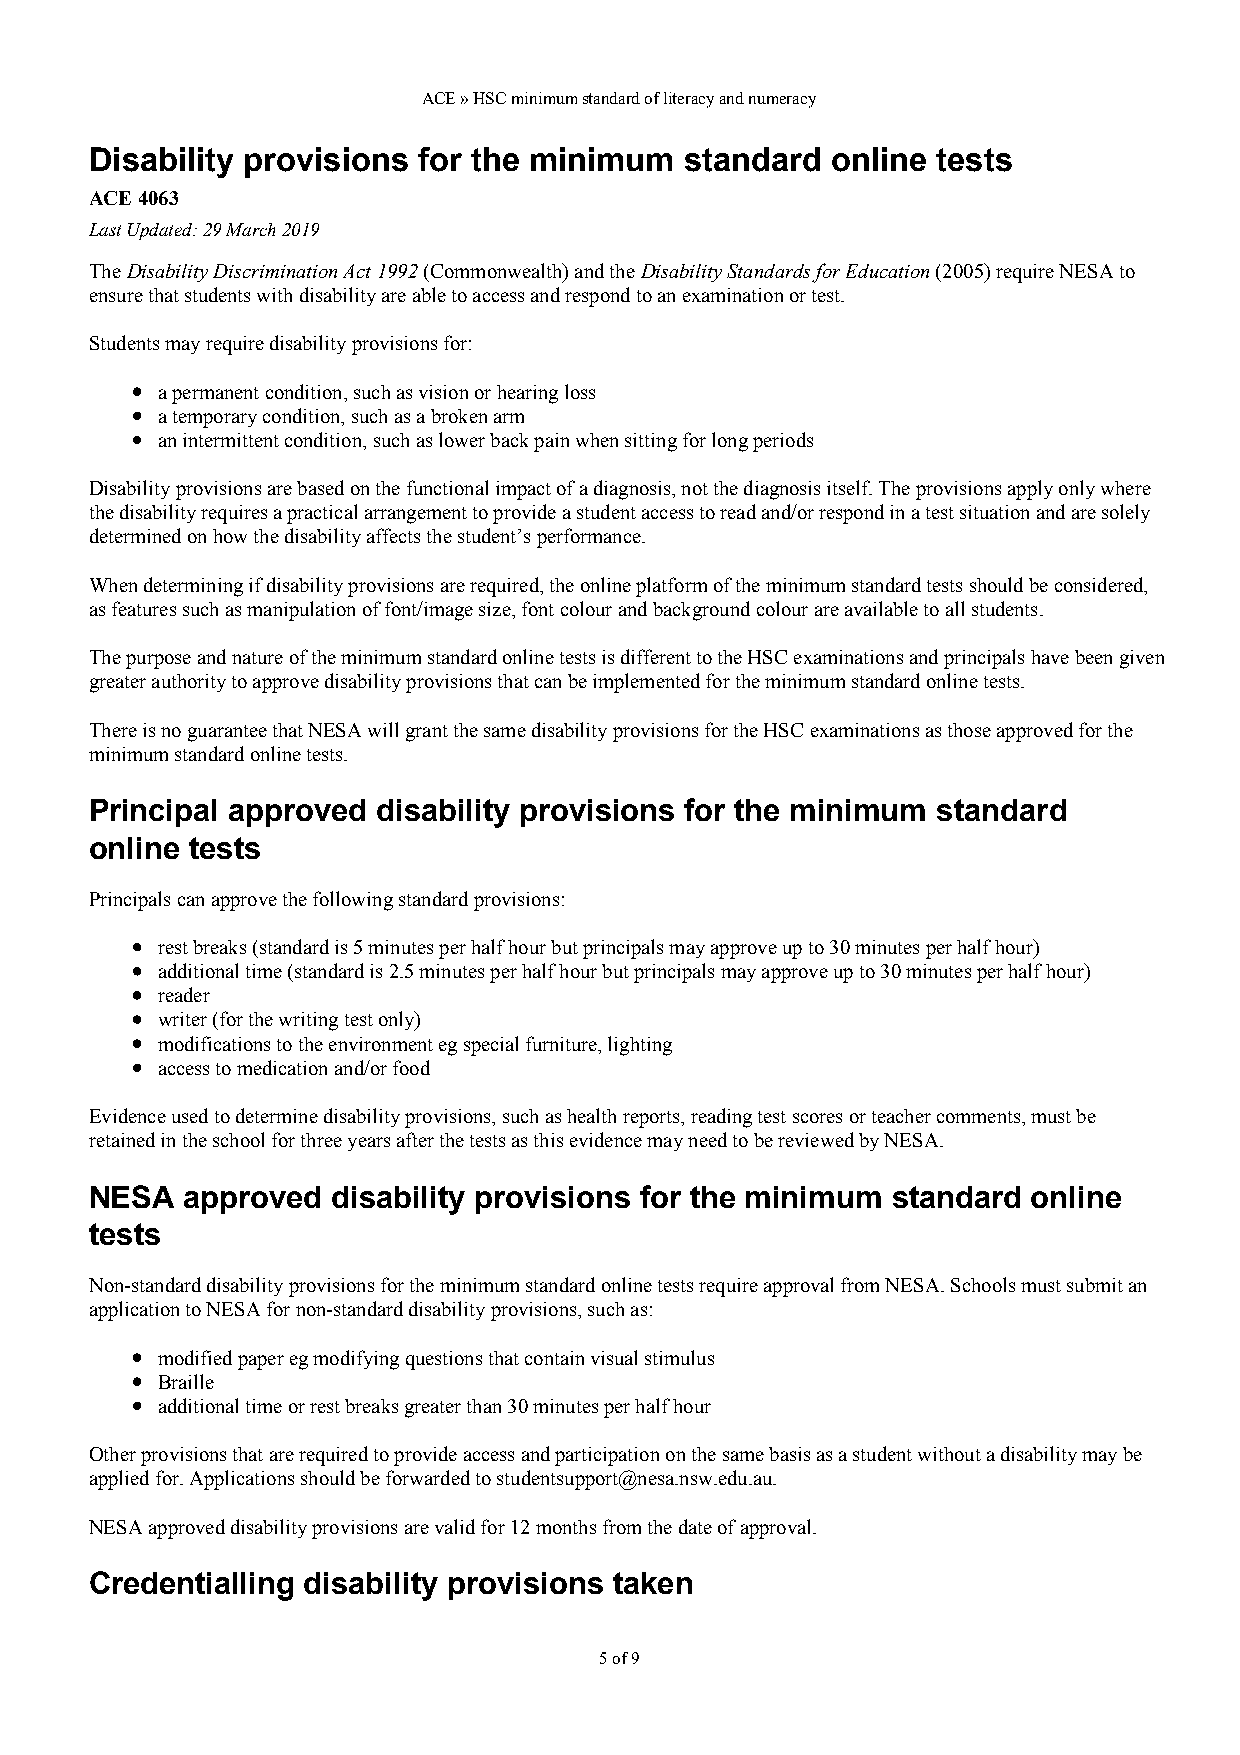
ACE » HSC minimum standard of literacy and numeracy
 Disability provisions for the minimum  standard  online tests
 ACE 4063
 Last Updated: 29 March 2019
 The Disability Discrimination Act 1992 (Commonwealth) and the Disability Standards for Education (2005) require NESA to
 ensure that students with disability are able to access and respond to an examination or test.
 Students may require disability provisions for:
 a permanent condition, such as vision or hearing loss
 a temporary condition, such as a broken arm
 an intermittent condition, such as lower back pain when sitting for long periods
 Disability provisions are based on the functional impact of a diagnosis, not the diagnosis itself. The provisions apply only where
 the disability requires a practical arrangement to provide a student access to read and/or respond in a test situation and are solely
 determined on how the disability affects the student’s performance.
 When determining if disability provisions are required, the online platform of the minimum standard tests should be considered,
 as features such as manipulation of font/image size, font colour and background colour are available to all students.
 The purpose and nature of the minimum standard online tests is different to the HSC examinations and principals have been given
 greater authority to approve disability provisions that can be implemented for the minimum standard online tests.
 There is no guarantee that NESA will grant the same disability provisions for the HSC examinations as those approved for the
 minimum standard online tests.
 Principal approved disability provisions for the minimum standard
 online tests
 Principals can approve the following standard provisions:
 rest breaks (standard is 5 minutes per half hour but principals may approve up to 30 minutes per half hour)
 additional time (standard is 2.5 minutes per half hour but principals may approve up to 30 minutes per half hour)
 reader
 writer (for the writing test only)
 modifications to the environment eg special furniture, lighting
 access to medication and/or food
 Evidence used to determine disability provisions, such as health reports, reading test scores or teacher comments, must be
 retained in the school for three years after the tests as this evidence may need to be reviewed by NESA.
 NESA  approved  disability provisions for the minimum standard online
 tests
 Non-standard disability provisions for the minimum standard online tests require approval from NESA. Schools must submit an
 application to NESA for non-standard disability provisions, such as:
 modified paper eg modifying questions that contain visual stimulus
 Braille
 additional time or rest breaks greater than 30 minutes per half hour
 Other provisions that are required to provide access and participation on the same basis as a student without a disability may be
 applied for. Applications should be forwarded to studentsupport@nesa.nsw.edu.au.
 NESA approved disability provisions are valid for 12 months from the date of approval.
 Credentialling disability provisions taken
 5 of 9